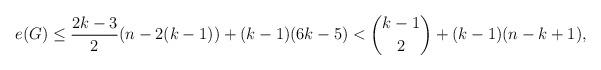
LaTeX: \begin{align*}e(G)\le\frac{2k-3}{2}(n-2(k-1))+(k-1)(6k-5)<\binom{k-1}{2}+(k-1)(n-k+1),\end{align*}